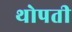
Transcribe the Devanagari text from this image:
थोपती